Civil Veterinary Department. United Provinces 1912-22 - 1912-1922
Year: 1912
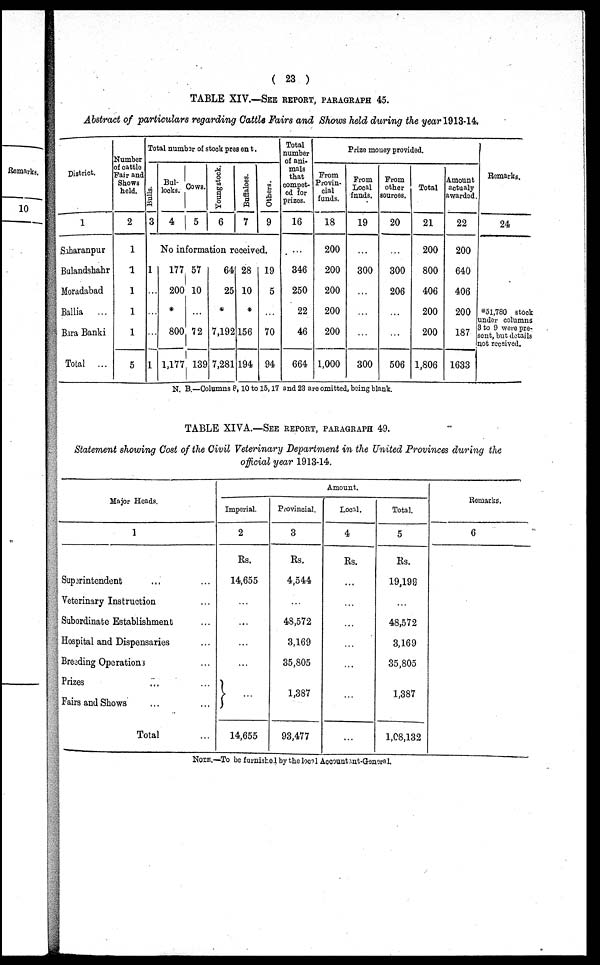
(23)
TABLE XIV.—SEE REPORT, PARAGRAPH 45.
Abstract of particulars regarding Cattle Fairs and Shows held during the year 1913-14,
District.
1
Saharanpur
Bulandshahr
Moradabad
Ballia ...
Bara Banki
Total ...
Number
of cattle
Pair and
Shows
held.
2
1
1
1
1
1
5
Total number of stock present.
Bul l s.
3
Bul-
locks.
4
Cows.
5
Young stock.
6
Buffaloes.
7
Others.
9
No information received.
1
...
...
...
1
177
200
*
800
1,177
57
10
...
72
139
64
25
*
7,192
7,281
28
10
*
156
194
19
5
...
70
94
Total
number
of ani-
mals
that
compet-
ed for
prizes.
16
...
346
250
22
46
664
Prize money provided.
From
Provin-
cial
funds.
18
200
200
200
200
200
1,000
Prom
Local
funds.
19
...
300
...
...
...
300
From
other
sources.
20
...
300
206
...
...
506
Total
21
200
800
406
200
200
1,806
Amount
actualy
awarded.
22
200
640
406
200
187
1633
Remarks.
24
*5l,780 stock
under columns
3 to 9 were pre-
sent, but details
not received.
N. B.—Columns 8, 10 to 15, 17 and 23 are omitted, being blank.
TABLE XIVA.—SEE REPORT, PARAGRAPH 49.
Statement showing Cost of the Civil Veterinary Department in the United Provinces during the
official year 1913-14.
Major Heads.
1
Superintendent ... ...
Veterinary Instruction ...
Subordinate Establishment ...
Hospital and Dispensaries ...
Breeding Operations ...
Prizes ... ...
Fairs and Shows ... ...
Total ...
Amount.
Imperial.
2
Rs.
14,655
...
...
...
...
...
14,655
Provincial.
3
Rs.
4,544
...
48,572
3,169
35,805
1,387
93,477
Local.
4
Rs.
...
...
...
...
...
...
...
Total.
5
Rs.
19,199
...
48,572
3,169
35,805
1,387
1,08,132
Remarks,
6
NOTE.—To be furnished by the local Accountant-General.